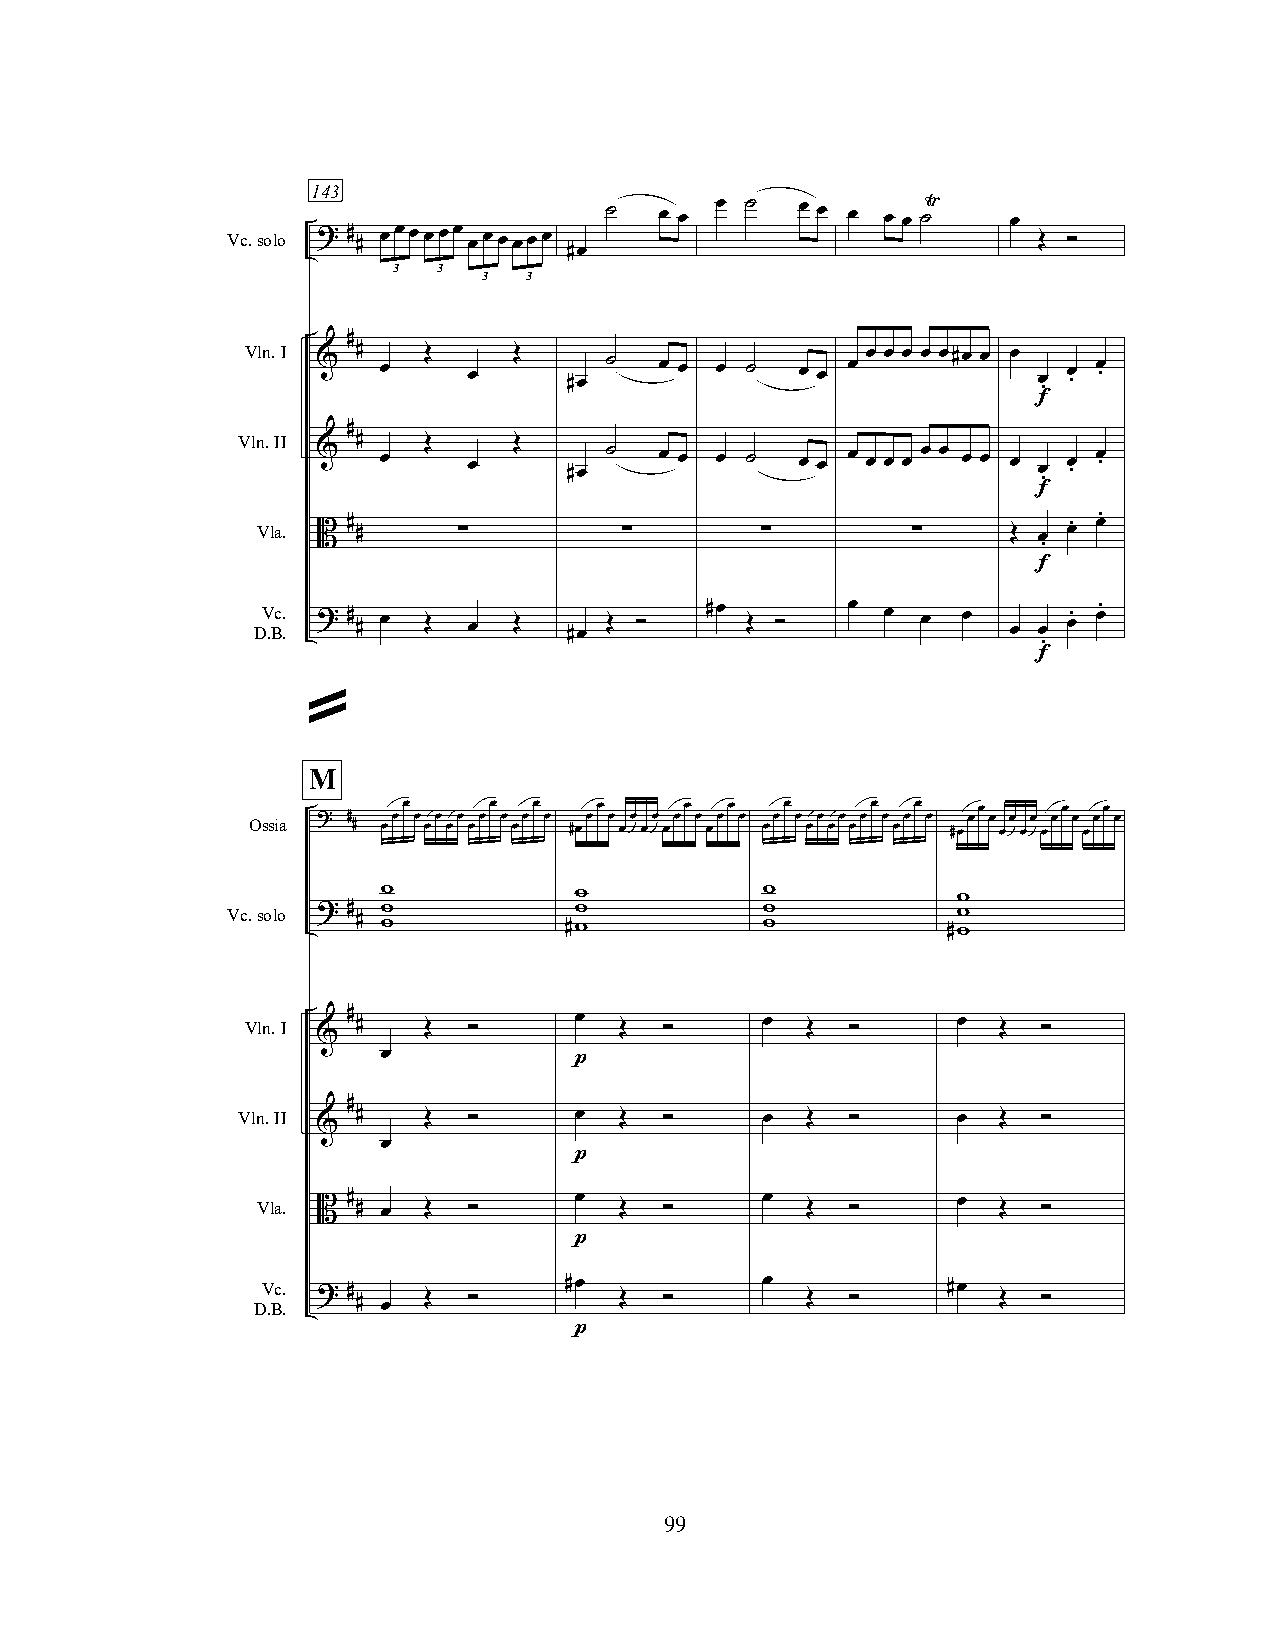
143
 ˙   œ œ œ ˙  œ œ œ œ œ ˙Ÿ  œ
 Vc.solo ? # # œœœœœœ œœœœœœ                           Œ ”
 #œ
 3  3
 3  3
 #
 Vln.I & # œ Œ  œ  Œ   #œ ˙  œ œ œ ˙  œ œ œ œ œ œ œ œ#œ œ œ œ . œ . œ .
 f
 #
 Vln.II  #   Œ     Œ
 &   œ     œ      #œ ˙  œ œ œ ˙  œ œ œ œ œ œ œ œ œ œ œ œ . œ . œ .
 f
 .
 Vla.
 B
 #
 #     ∑          ∑        ∑         ∑      Œ œ
 œ. œ
 .
 f
 DV .Bc. . ? # # œ Œ œ Œ #œ Œ ” #œ Œ ”  œ  œ œ  œ  œ œ œ. œ.
 .
 f
 »
 M
 œ    œ  œ    œ    œ  œ   œ     œ  œ   œ    œ  œ
 Ossia ? # # œœ œ œœ œœ œœ œ œœ œ #œœ œ œœ œœ œœ œ œœ œ œœ œ œœ œœ œœ œ œœ œ #œœ œ œœ œœ œœ œ œœ œ
 w            w           w            w
 Vc.solo ? # w          w           w            w
 # w          #w           w            #w
 Vln.I  # #  Œ  ”      œ  Œ  ”     œ  Œ  ”      œ  Œ  ”
 &
 œ
 p
 #
 Vln.II  #   Œ  ”      œ  Œ  ”     œ  Œ  ”      œ  Œ  ”
 &
 œ
 p
 Vla.  #              œ           œ            œ
 B  # œ Œ  ”         Œ  ”        Œ  ”         Œ  ”
 p
 Vc. ? #             #œ           œ            #œ
 D.B.   # œ Œ  ”         Œ  ”        Œ  ”         Œ  ”
 p
 99